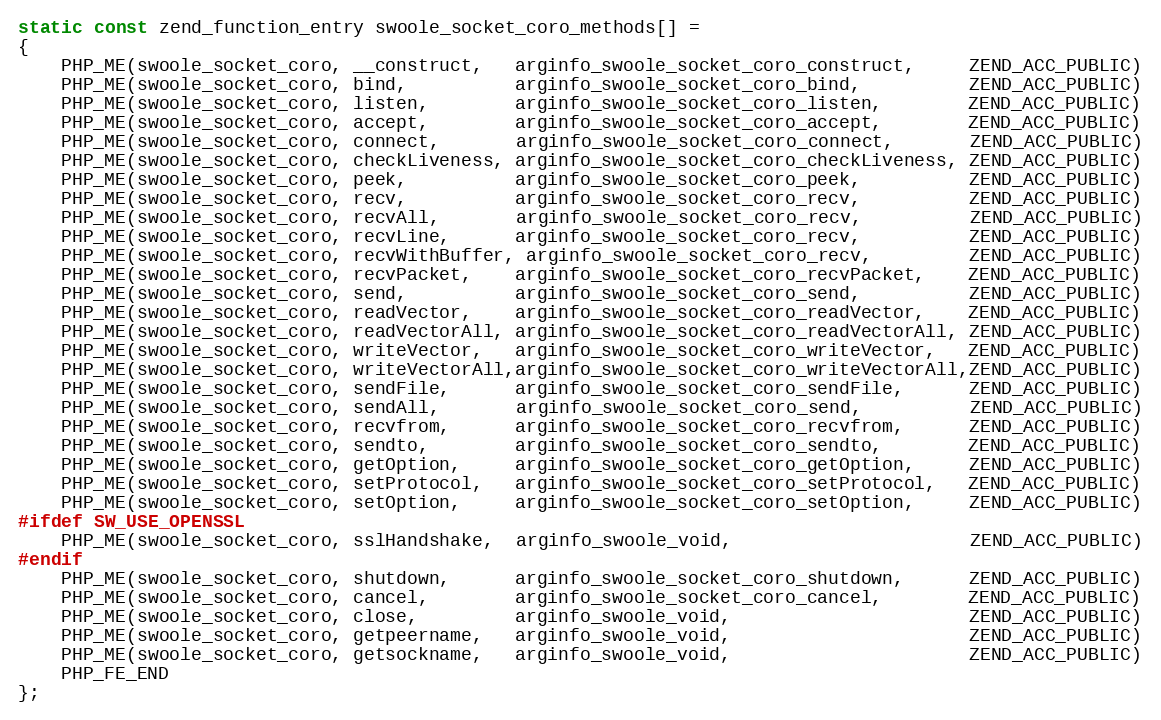
Language: C++
static const zend_function_entry swoole_socket_coro_methods[] =
{
    PHP_ME(swoole_socket_coro, __construct,   arginfo_swoole_socket_coro_construct,     ZEND_ACC_PUBLIC)
    PHP_ME(swoole_socket_coro, bind,          arginfo_swoole_socket_coro_bind,          ZEND_ACC_PUBLIC)
    PHP_ME(swoole_socket_coro, listen,        arginfo_swoole_socket_coro_listen,        ZEND_ACC_PUBLIC)
    PHP_ME(swoole_socket_coro, accept,        arginfo_swoole_socket_coro_accept,        ZEND_ACC_PUBLIC)
    PHP_ME(swoole_socket_coro, connect,       arginfo_swoole_socket_coro_connect,       ZEND_ACC_PUBLIC)
    PHP_ME(swoole_socket_coro, checkLiveness, arginfo_swoole_socket_coro_checkLiveness, ZEND_ACC_PUBLIC)
    PHP_ME(swoole_socket_coro, peek,          arginfo_swoole_socket_coro_peek,          ZEND_ACC_PUBLIC)
    PHP_ME(swoole_socket_coro, recv,          arginfo_swoole_socket_coro_recv,          ZEND_ACC_PUBLIC)
    PHP_ME(swoole_socket_coro, recvAll,       arginfo_swoole_socket_coro_recv,          ZEND_ACC_PUBLIC)
    PHP_ME(swoole_socket_coro, recvLine,      arginfo_swoole_socket_coro_recv,          ZEND_ACC_PUBLIC)
    PHP_ME(swoole_socket_coro, recvWithBuffer, arginfo_swoole_socket_coro_recv,         ZEND_ACC_PUBLIC)
    PHP_ME(swoole_socket_coro, recvPacket,    arginfo_swoole_socket_coro_recvPacket,    ZEND_ACC_PUBLIC)
    PHP_ME(swoole_socket_coro, send,          arginfo_swoole_socket_coro_send,          ZEND_ACC_PUBLIC)
    PHP_ME(swoole_socket_coro, readVector,    arginfo_swoole_socket_coro_readVector,    ZEND_ACC_PUBLIC)
    PHP_ME(swoole_socket_coro, readVectorAll, arginfo_swoole_socket_coro_readVectorAll, ZEND_ACC_PUBLIC)
    PHP_ME(swoole_socket_coro, writeVector,   arginfo_swoole_socket_coro_writeVector,   ZEND_ACC_PUBLIC)
    PHP_ME(swoole_socket_coro, writeVectorAll,arginfo_swoole_socket_coro_writeVectorAll,ZEND_ACC_PUBLIC)
    PHP_ME(swoole_socket_coro, sendFile,      arginfo_swoole_socket_coro_sendFile,      ZEND_ACC_PUBLIC)
    PHP_ME(swoole_socket_coro, sendAll,       arginfo_swoole_socket_coro_send,          ZEND_ACC_PUBLIC)
    PHP_ME(swoole_socket_coro, recvfrom,      arginfo_swoole_socket_coro_recvfrom,      ZEND_ACC_PUBLIC)
    PHP_ME(swoole_socket_coro, sendto,        arginfo_swoole_socket_coro_sendto,        ZEND_ACC_PUBLIC)
    PHP_ME(swoole_socket_coro, getOption,     arginfo_swoole_socket_coro_getOption,     ZEND_ACC_PUBLIC)
    PHP_ME(swoole_socket_coro, setProtocol,   arginfo_swoole_socket_coro_setProtocol,   ZEND_ACC_PUBLIC)
    PHP_ME(swoole_socket_coro, setOption,     arginfo_swoole_socket_coro_setOption,     ZEND_ACC_PUBLIC)
#ifdef SW_USE_OPENSSL
    PHP_ME(swoole_socket_coro, sslHandshake,  arginfo_swoole_void,                      ZEND_ACC_PUBLIC)
#endif
    PHP_ME(swoole_socket_coro, shutdown,      arginfo_swoole_socket_coro_shutdown,      ZEND_ACC_PUBLIC)
    PHP_ME(swoole_socket_coro, cancel,        arginfo_swoole_socket_coro_cancel,        ZEND_ACC_PUBLIC)
    PHP_ME(swoole_socket_coro, close,         arginfo_swoole_void,                      ZEND_ACC_PUBLIC)
    PHP_ME(swoole_socket_coro, getpeername,   arginfo_swoole_void,                      ZEND_ACC_PUBLIC)
    PHP_ME(swoole_socket_coro, getsockname,   arginfo_swoole_void,                      ZEND_ACC_PUBLIC)
    PHP_FE_END
};